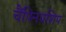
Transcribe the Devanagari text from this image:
चैंपिनयशिप